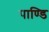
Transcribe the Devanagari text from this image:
पाण्डि